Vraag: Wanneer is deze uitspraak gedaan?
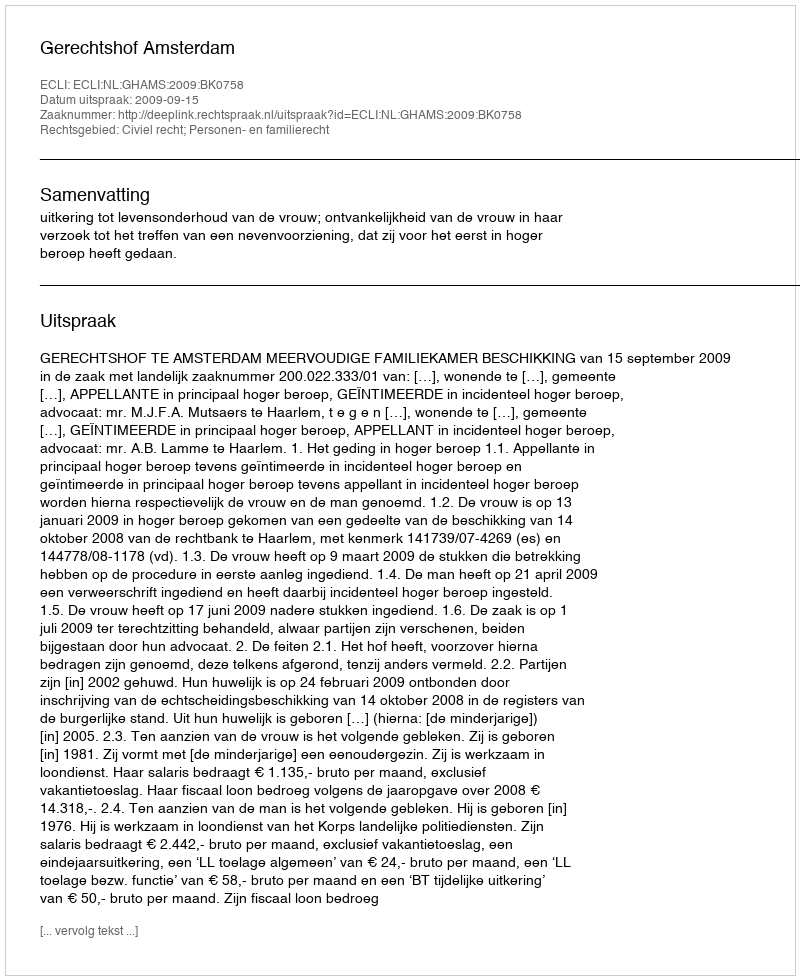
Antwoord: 2009-09-15